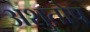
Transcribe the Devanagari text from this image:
अशुतोष